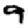
Digit: 9